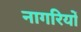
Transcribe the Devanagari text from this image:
नागरियों